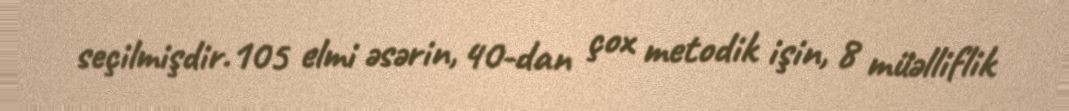
seçilmişdir.105 elmi əsərin, 40-dan çox metodik işin, 8 müəlliflik